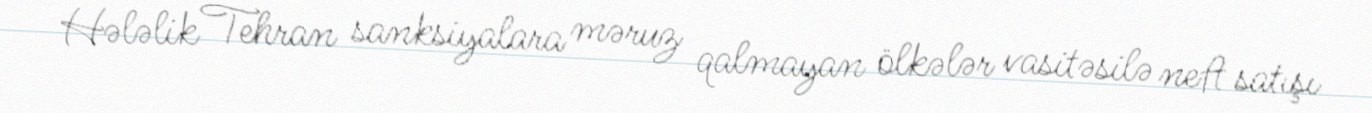
Hələlik Tehran sanksiyalara məruz qalmayan ölkələr vasitəsilə neft satışı